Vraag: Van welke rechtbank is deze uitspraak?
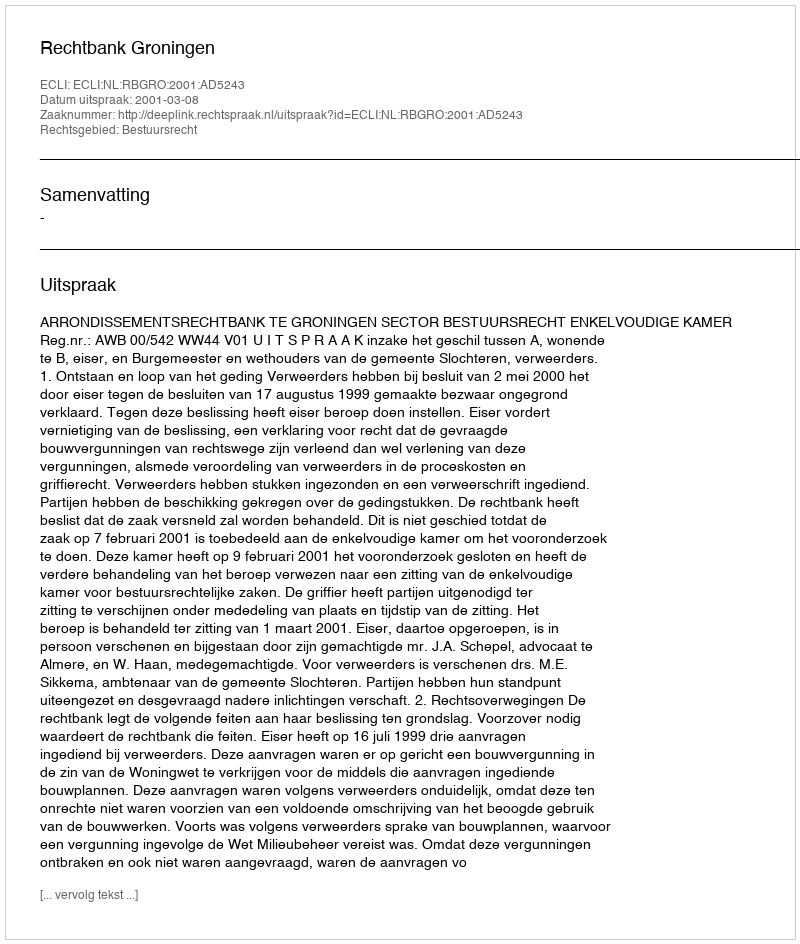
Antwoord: Rechtbank Groningen